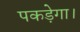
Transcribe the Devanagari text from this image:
पकड़ेगा।